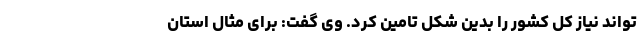
تواند نیاز کل کشور را بدین شکل تامین کرد. وی گفت: برای مثال استان